Civil Veterinary Dept. Bombay admin report 1914-1922 - 1914-1922
Year: 1914
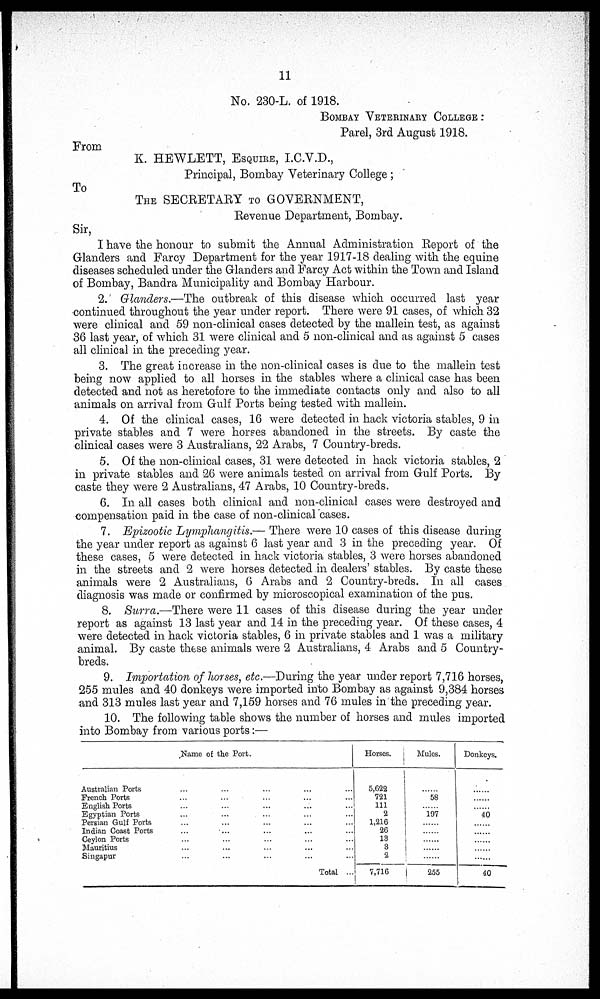
11
No. 230-L. of 1918.
BOMBAY VETERINARY COLLEGE :
Parel, 3rd August 1918.
From
K. HEWLETT, ESQUIRE, I.C.V.D.,
Principal, Bombay Veterinary College;
To
THE SECRETARY TO GOVERNMENT,
Revenue Department, Bombay.
Sir,
I have the honour to submit the Annual Administration Report of the
Glanders and Farcy Department for the year 1917-18 dealing with the equine
diseases scheduled under the Glanders and Farcy Act within the Town and Island
of Bombay, Bandra Municipality and Bombay Harbour.
2. Glanders.—The outbreak of this disease which occurred last year
continued throughout the year under report. There were 91 cases, of which 32
were clinical and 59 non-clinical cases detected by the mallein test, as against
36 last year, of which 31 were clinical and 5 non-clinical and as against 5 cases
all clinical in the preceding year.
3. The great increase in the non-clinical cases is due to the mallein test
being now applied to all horses in the stables where a clinical case has been
detected and not as heretofore to the immediate contacts only and also to all
animals on arrival from Gulf Ports being tested with mallein.
4. Of the clinical cases, 16 were detected in hack victoria stables, 9 in
private stables and 7 were horses abandoned in the streets. By caste the
clinical cases were 3 Australians, 22 Arabs, 7 Country-breds.
5. Of the non-clinical cases, 31 were detected in hack victoria stables, 2
in private stables and 26 were animals tested on arrival from Gulf Ports. By
caste they were 2 Australians, 47 Arabs, 10 Country-breds.
6. In all cases both clinical and non-clinical cases were destroyed and
compensation paid in the case of non-clinical cases.
7. Epizootic Lymphangitis.— There were 10 cases of this disease during
the year under report as against 6 last year and 3 in the preceding year. Of
these cases, 5 were detected in hack victoria stables, 3 were horses abandoned
in the streets and 2 were horses detected in dealers' stables. By caste these
animals were 2 Australians, 6 Arabs and 2 Country-breds. In all cases
diagnosis was made or confirmed by microscopical examination of the pus.
8. Surra.—There were 11 cases of this disease during the year under
report as against 13 last year and 14 in the preceding year. Of these cases, 4
were detected in hack victoria stables, 6 in private stables and 1 was a military
animal. By caste these animals were 2 Australians, 4 Arabs and 5 Country-
breds.
9. Importation of horses, etc.—During the year under report 7,716 horses,
255 mules and 40 donkeys were imported into Bombay as against 9,384 horses
and 313 mules last year and 7,159 horses and 76 mules in the preceding year.
10. The following table shows the number of horses and mules imported
into Bombay from various ports:—
Name of the Port.
Australian Ports ... ... ... ... ...
French Ports ... ... ... ... ...
English Ports ... ... ... ... ...
Egyptian Ports ... ... ... ... ...
Persian Gulf Ports ... ... ... ... ...
Indian Coast Ports ... ... ... ... ...
Ceylon Ports ... ... ... ... ...
Mauritius ... ... ... ... ...
Singapur ... ... ... ... ...
Total ...
Horses.
5,622
721
111
2
1,216
26
13
3
2
7,716
Mules.
......
58
......
197
......
......
......
......
255
Donkeys.
......
......
......
40
......
......
......
......
......
40